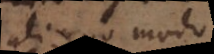
aliquo modo